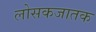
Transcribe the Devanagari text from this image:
लोसकजातक